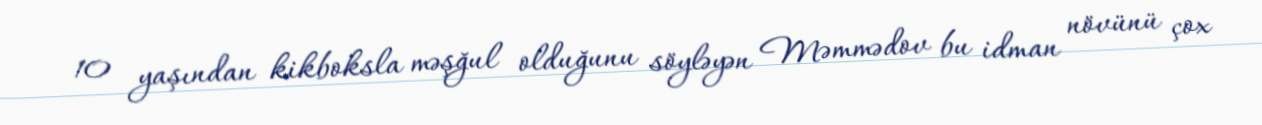
10 yaşından kikboksla məşğul olduğunu söyləyən Məmmədov bu idman növünü çox